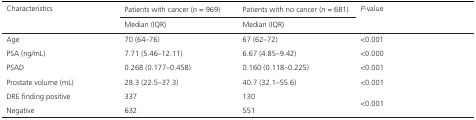
<table><thead><tr><td rowspan="2"><b>Characteristics</b></td><td><b>Patients with cancer (<i>n</i> = 969)</b></td><td><b>Patients with no cancer (<i>n</i> = 681)</b></td><td rowspan="2"><b><i>P</i>‐value</b></td></tr><tr><td><b>Median (IQR)</b></td><td><b>Median (IQR)</b></td></tr></thead><tbody><tr><td>Age</td><td>70 (64–76)</td><td>67 (62–72)</td><td>&lt;0.001</td></tr><tr><td>PSA (ng/mL)</td><td>7.71 (5.46–12.11)</td><td>6.67 (4.85–9.42)</td><td>&lt;0.000</td></tr><tr><td>PSAD</td><td>0.268 (0.177–0.458)</td><td>0.160 (0.118–0.225)</td><td>&lt;0.001</td></tr><tr><td>Prostate volume (mL)</td><td>28.3 (22.5–37.3)</td><td>40.7 (32.1–55.6)</td><td>&lt;0.001</td></tr><tr><td>DRE finding positive</td><td>337</td><td>130</td><td rowspan="2">&lt;0.001</td></tr><tr><td>Negative</td><td>632</td><td>551</td></tr></tbody></table>